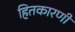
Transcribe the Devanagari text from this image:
हितकारणी